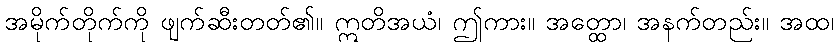
အမိုက်တိုက်ကို ဖျက်ဆီးတတ်၏။ ဣတိအယံ၊ ဤကား။ အတ္ထော၊ အနက်တည်း။ အထ၊